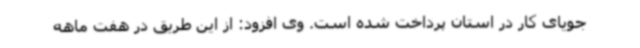
جویای کار در استان پرداخت شده است. وی افزود: از این طریق در هفت ماهه